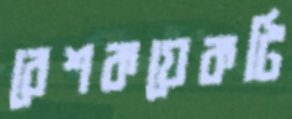
বেশকয়েকটি